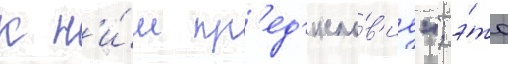
к н'и́м пр'ед'исло́в'ие"; э́то